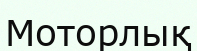
Моторлық